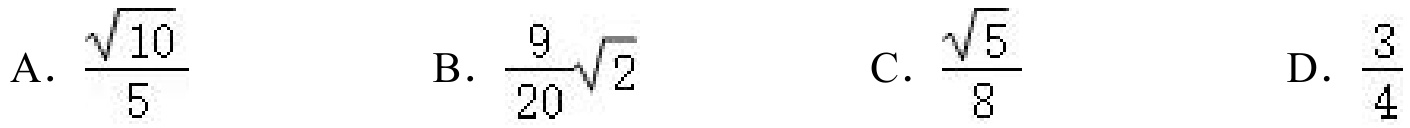
A. $\frac{\sqrt{10}}{5}$ B. $\frac{9}{20}\sqrt{2}$ C. $\frac{\sqrt{5}}{8}$ D. $\frac{3}{4}$